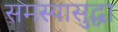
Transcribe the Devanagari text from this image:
समस्यासुद्धा